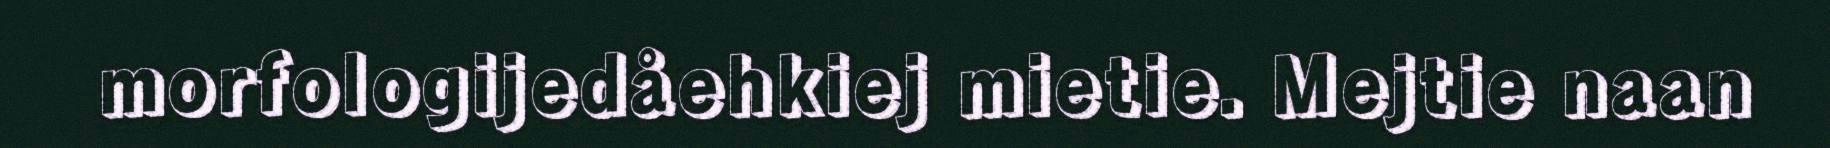
morfologijedåehkiej mietie. Mejtie naan